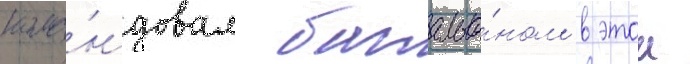
кома́ндовал батальо́ном в этои